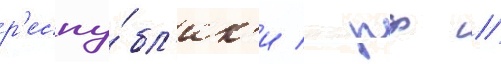
р'еспу́бл'ик'и / рф //